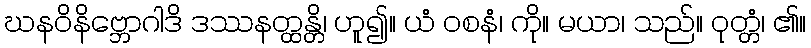
ဃနဝိနိဗ္ဘောဂါဒိ ဒဿနတ္ထန္တိ၊ ဟူ၍။ ယံ ဝစနံ၊ ကို။ မယာ၊ သည်။ ဝုတ္တံ၊ ၏။